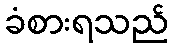
ခံစားရသည်